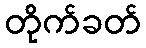
တိုက်ခတ်